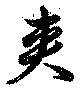
夾